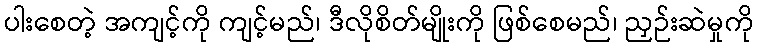
ပါးစေတဲ့ အကျင့်ကို ကျင့်မည်၊ ဒီလိုစိတ်မျိုးကို ဖြစ်စေမည်၊ ညှဉ်းဆဲမှုကို